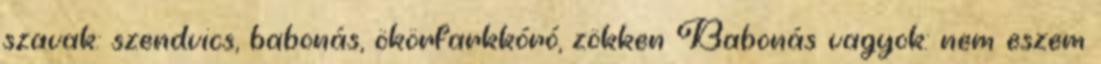
szavak: szendvics, babonás, ökörfarkkóró, zökken Babonás vagyok: nem eszem